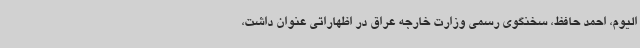
الیوم، احمد حافظ، سخنگوی رسمی وزارت خارجه عراق در اظهاراتی عنوان داشت،